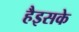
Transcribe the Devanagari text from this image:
हैइसके